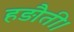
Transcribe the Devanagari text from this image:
हड़ौती।